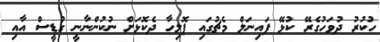
ހުކުރު ދުވަހުގެރޭ ކުޅޭ ފައިނަލް މެޗުގައި ޕޮލިހާ ދެކޮޅަށް ނުކުންނާނީ ގުޑީސް އާއި